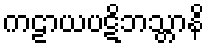
ကဠာယပဋိဘသ္တာနိ